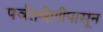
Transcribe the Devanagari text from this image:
पर्वतश्रेणीपासून